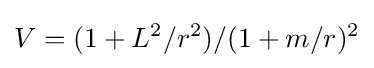
V=(1+L^{2}/r^{2})/(1+m/r)^{2}